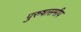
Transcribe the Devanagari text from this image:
पुरुषासमीप